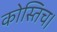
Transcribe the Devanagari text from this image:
कोस्तिच।